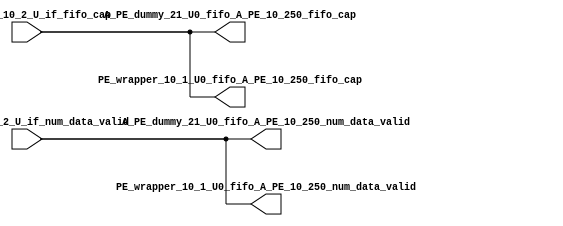
module __rs_kernel3_aux_split_aux_38 #(
    parameter C_S_AXI_CONTROL_DATA_WIDTH  = 32,
    parameter C_S_AXI_CONTROL_ADDR_WIDTH  = 6,
    parameter C_S_AXI_DATA_WIDTH          = 32,
    parameter C_M_AXI_GMEM_A_ID_WIDTH     = 1,
    parameter C_M_AXI_GMEM_A_ADDR_WIDTH   = 64,
    parameter C_M_AXI_GMEM_A_DATA_WIDTH   = 512,
    parameter C_M_AXI_GMEM_A_AWUSER_WIDTH = 1,
    parameter C_M_AXI_GMEM_A_ARUSER_WIDTH = 1,
    parameter C_M_AXI_GMEM_A_WUSER_WIDTH  = 1,
    parameter C_M_AXI_GMEM_A_RUSER_WIDTH  = 1,
    parameter C_M_AXI_GMEM_A_BUSER_WIDTH  = 1,
    parameter C_M_AXI_GMEM_A_USER_VALUE   = 0,
    parameter C_M_AXI_GMEM_A_PROT_VALUE   = 0,
    parameter C_M_AXI_GMEM_A_CACHE_VALUE  = 3,
    parameter C_M_AXI_DATA_WIDTH          = 32,
    parameter C_M_AXI_GMEM_B_ID_WIDTH     = 1,
    parameter C_M_AXI_GMEM_B_ADDR_WIDTH   = 64,
    parameter C_M_AXI_GMEM_B_DATA_WIDTH   = 512,
    parameter C_M_AXI_GMEM_B_AWUSER_WIDTH = 1,
    parameter C_M_AXI_GMEM_B_ARUSER_WIDTH = 1,
    parameter C_M_AXI_GMEM_B_WUSER_WIDTH  = 1,
    parameter C_M_AXI_GMEM_B_RUSER_WIDTH  = 1,
    parameter C_M_AXI_GMEM_B_BUSER_WIDTH  = 1,
    parameter C_M_AXI_GMEM_B_USER_VALUE   = 0,
    parameter C_M_AXI_GMEM_B_PROT_VALUE   = 0,
    parameter C_M_AXI_GMEM_B_CACHE_VALUE  = 3,
    parameter C_M_AXI_GMEM_C_ID_WIDTH     = 1,
    parameter C_M_AXI_GMEM_C_ADDR_WIDTH   = 64,
    parameter C_M_AXI_GMEM_C_DATA_WIDTH   = 512,
    parameter C_M_AXI_GMEM_C_AWUSER_WIDTH = 1,
    parameter C_M_AXI_GMEM_C_ARUSER_WIDTH = 1,
    parameter C_M_AXI_GMEM_C_WUSER_WIDTH  = 1,
    parameter C_M_AXI_GMEM_C_RUSER_WIDTH  = 1,
    parameter C_M_AXI_GMEM_C_BUSER_WIDTH  = 1,
    parameter C_M_AXI_GMEM_C_USER_VALUE   = 0,
    parameter C_M_AXI_GMEM_C_PROT_VALUE   = 0,
    parameter C_M_AXI_GMEM_C_CACHE_VALUE  = 3,
    parameter C_S_AXI_CONTROL_WSTRB_WIDTH = 4,
    parameter C_S_AXI_WSTRB_WIDTH         = 4,
    parameter C_M_AXI_GMEM_A_WSTRB_WIDTH  = 64,
    parameter C_M_AXI_WSTRB_WIDTH         = 4,
    parameter C_M_AXI_GMEM_B_WSTRB_WIDTH  = 64,
    parameter C_M_AXI_GMEM_C_WSTRB_WIDTH  = 64
) (
    output wire [1:0] A_PE_dummy_21_U0_fifo_A_PE_10_250_fifo_cap,
    output wire [1:0] A_PE_dummy_21_U0_fifo_A_PE_10_250_num_data_valid,
    output wire [1:0] PE_wrapper_10_1_U0_fifo_A_PE_10_250_fifo_cap,
    output wire [1:0] PE_wrapper_10_1_U0_fifo_A_PE_10_250_num_data_valid,
    input wire  [1:0] fifo_A_PE_10_2_U_if_fifo_cap,
    input wire  [1:0] fifo_A_PE_10_2_U_if_num_data_valid
);
assign A_PE_dummy_21_U0_fifo_A_PE_10_250_fifo_cap = fifo_A_PE_10_2_U_if_fifo_cap;
assign A_PE_dummy_21_U0_fifo_A_PE_10_250_num_data_valid = fifo_A_PE_10_2_U_if_num_data_valid;
assign PE_wrapper_10_1_U0_fifo_A_PE_10_250_fifo_cap = fifo_A_PE_10_2_U_if_fifo_cap;
assign PE_wrapper_10_1_U0_fifo_A_PE_10_250_num_data_valid = fifo_A_PE_10_2_U_if_num_data_valid;
endmodule